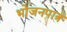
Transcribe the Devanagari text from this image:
भोजनपात्र